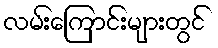
လမ်းကြောင်းများတွင်